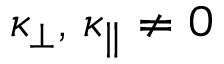
\kappa _ { \perp } , \, \kappa _ { \parallel } \neq 0